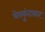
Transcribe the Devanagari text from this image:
येरकुंटवार